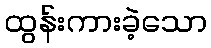
ထွန်းကားခဲ့သော